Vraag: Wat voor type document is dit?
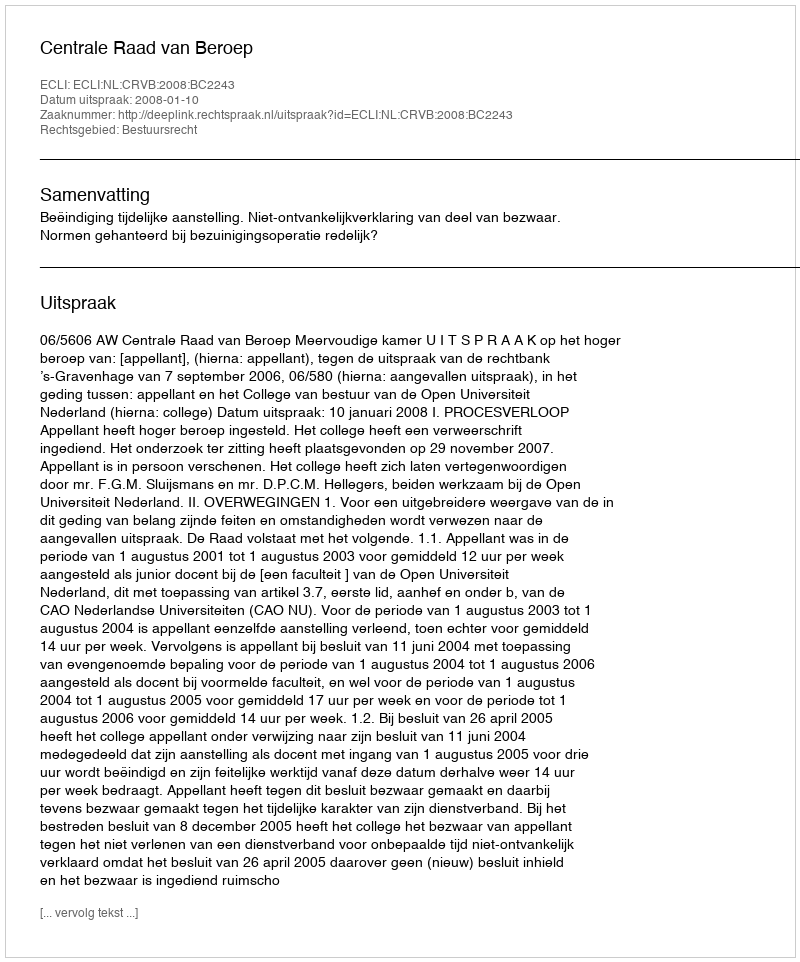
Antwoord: Uitspraak